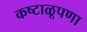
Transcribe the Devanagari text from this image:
कष्टाळूपणा